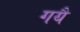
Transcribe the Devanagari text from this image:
गयै